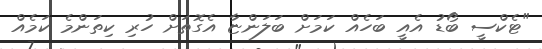
"ޓެކްސީ ބޯޑު އެއީ ބަހެއް ކަމަށް ބަލަންޏާ އެގޮތަށް ހުރި ކިތަންމެ ކަމެއް